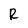
Character: R